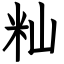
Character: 籼